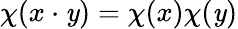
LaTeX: \chi(x\cdot\mathit{y})=\chi(x)\chi(\mathit{y})